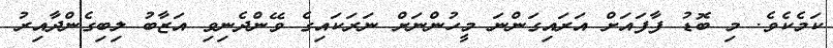
ކަމެކެވެ. މި ބޮޑު ފާފައަށް އަރައިގަންނަ މީހުންނަށް ނަރަކައިގެ ވޭންދެނިވި އަޒާބު ލިބިގެންދާއިރު